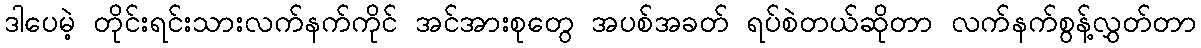
ဒါပေမဲ့ တိုင်းရင်းသားလက်နက်ကိုင် အင်အားစုတွေ အပစ်အခတ် ရပ်စဲတယ်ဆိုတာ လက်နက်စွန့်လွှတ်တာ